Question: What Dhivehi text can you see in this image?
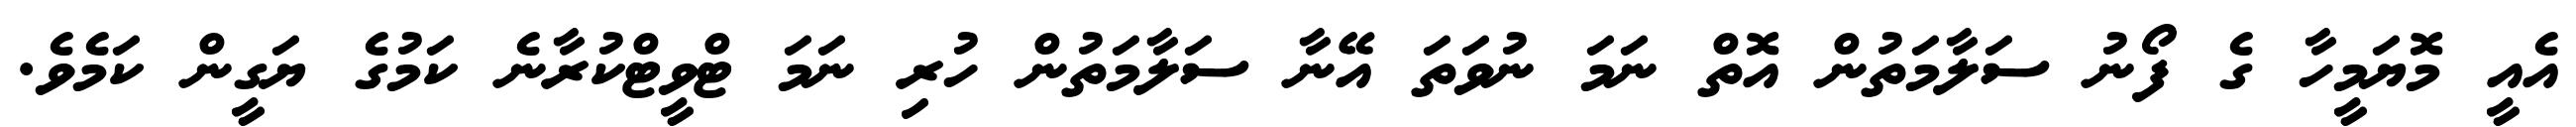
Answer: އެއީ މޮޔަމީހާ ގެ ފޯނު ސަލާމަތުން އޮތް ނަމަ ނުވަތަ އޭނާ ސަލާމަތުން ހުރި ނަމަ ޓްވީޓްކުރާނެ ކަމުގެ ޔަގީން ކަމެވެ.